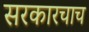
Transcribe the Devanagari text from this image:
सरकारचाच